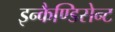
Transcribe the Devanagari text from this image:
इन्कैण्डिसेन्ट